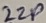
Text: 22P